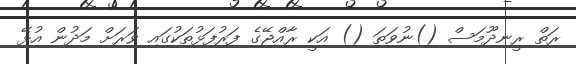
ރަތް ރީނދޫމަސް ()ނުވަތަ () އަކީ ރާއްޖޭގެ ފަރުފަޅުތަކުގައި ވަަރަށް މަދުން އުޅޭ